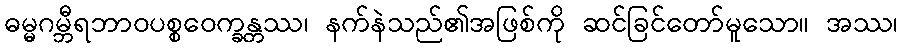
ဓမ္မဂမ္ဘီရဘာဝပစ္စဝေက္ခန္တဿ၊ နက်နဲသည်၏အဖြစ်ကို ဆင်ခြင်တော်မူသော။ အဿ၊